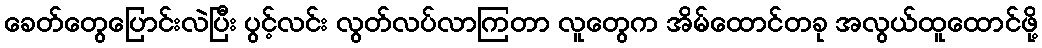
ခေတ်တွေပြောင်းလဲပြီး ပွင့်လင်း လွတ်လပ်လာကြတာ လူတွေက အိမ်ထောင်တခု အလွယ်ထူထောင်ဖို့